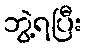
ဘွဲ့ရပြီး